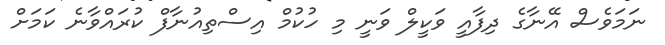
ނަމަވެސް އޭނާގެ ދިފާއީ ވަކީލް ވަނީ މި ހުކުމް އިސްތިއުނާފް ކުރައްވާނެ ކަމަށް